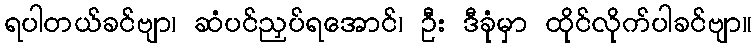
ရပါတယ်ခင်ဗျာ၊ ဆံပင်ညှပ်ရအောင်၊ ဦး ဒီခုံမှာ ထိုင်လိုက်ပါခင်ဗျာ။